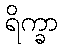
ရိက္ခာ